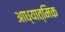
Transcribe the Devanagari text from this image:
आध्यात्‍मिक